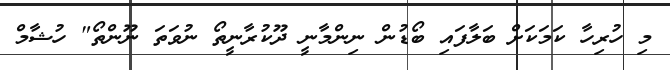
މި ހުރިހާ ކަމަކަށް ބަލާފައި ބޯޑުން ނިންމާނީ ދޫކުރާނީތޯ ނުވަތަ ނޫންތޯ" ހުޝާމް